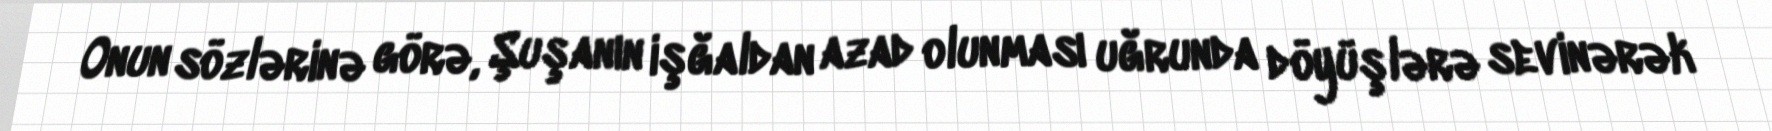
Onun sözlərinə görə, Şuşanın işğaldan azad olunması uğrunda döyüşlərə sevinərək